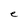
Character: e